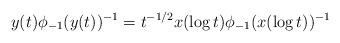
LaTeX: \begin{align*}y(t)\phi_{-1}(y(t))^{-1}=t^{-1/2}x(\log t)\phi_{-1}(x(\log t))^{-1}\end{align*}